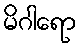
မိဂါရော